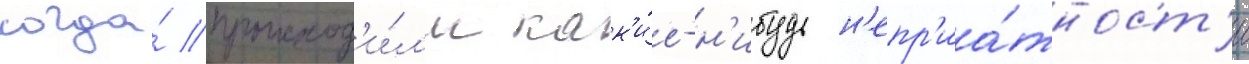
когда́ происход'и́л'и как'и́е-н'ибудь н'епр'иа́тност'и